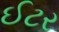
ઈટર